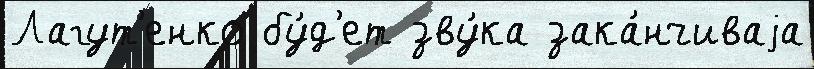
Лагут'енко бу́д'ет зву́ка зака́нчиваjа